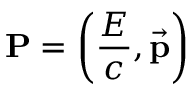
\mathbf { P } = \left( { \frac { E } { c } } , { \vec { \mathbf { p } } } \right)